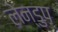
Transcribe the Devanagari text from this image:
लेन्डुप